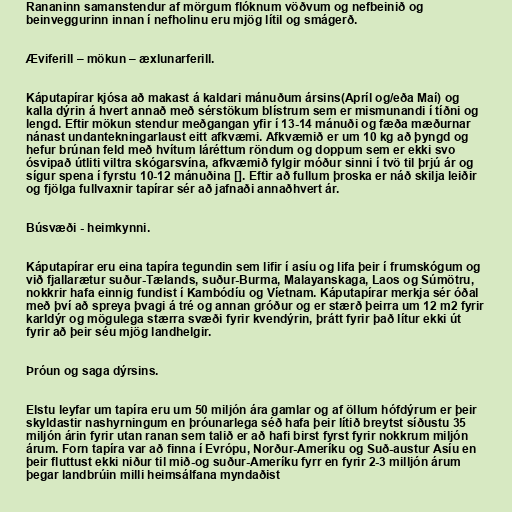
Rananinn samanstendur af mörgum flóknum vöðvum og nefbeinið og
beinveggurinn innan í nefholinu eru mjög lítil og smágerð.

Æviferill – mökun – æxlunarferill.

Káputapírar kjósa að makast á kaldari mánuðum ársins(Apríl og/eða Maí) og
kalla dýrin á hvert annað með sérstökum blístrum sem er mismunandi í tíðni og
lengd. Eftir mökun stendur meðgangan yfir í 13-14 mánuði og fæða mæðurnar
nánast undantekningarlaust eitt afkvæmi. Afkvæmið er um 10 kg að þyngd og
hefur brúnan feld með hvítum láréttum röndum og doppum sem er ekki svo
ósvipað útliti viltra skógarsvína, afkvæmið fylgir móður sinni í tvö til þrjú ár og
sígur spena í fyrstu 10-12 mánuðina []. Eftir að fullum þroska er náð skilja leiðir
og fjölga fullvaxnir tapírar sér að jafnaði annaðhvert ár.

Búsvæði - heimkynni.

Káputapírar eru eina tapíra tegundin sem lifir í asíu og lifa þeir í frumskógum og
við fjallarætur suður-Tælands, suður-Burma, Malayanskaga, Laos og Súmötru,
nokkrir hafa einnig fundist í Kambódíu og Víetnam. Káputapírar merkja sér óðal
með því að spreya þvagi á tré og annan gróður og er stærð þeirra um 12 m2 fyrir
karldýr og mögulega stærra svæði fyrir kvendýrin, þrátt fyrir það lítur ekki út
fyrir að þeir séu mjög landhelgir.

Þróun og saga dýrsins.

Elstu leyfar um tapíra eru um 50 miljón ára gamlar og af öllum hófdýrum er þeir
skyldastir nashyrningum en þróunarlega séð hafa þeir lítið breytst síðustu 35
miljón árin fyrir utan ranan sem talið er að hafi birst fyrst fyrir nokkrum miljón
árum. Forn tapíra var að finna í Evrópu, Norður-Ameríku og Suð-austur Asíu en
þeir fluttust ekki niður til mið-og suður-Ameríku fyrr en fyrir 2-3 milljón árum
þegar landbrúin milli heimsálfana myndaðist